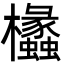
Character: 欚